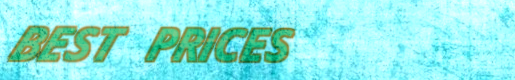
BEST PRICES